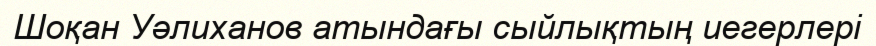
Шоқан Уәлиханов атындағы сыйлықтың иегерлері